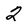
Character: 2